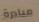
مبادرة